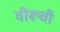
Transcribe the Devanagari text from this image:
वीरूची